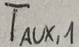
Text: TAUX,1